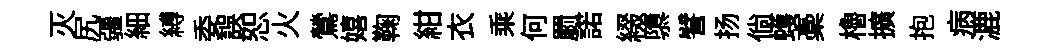
灭尻疆細縛委誤恕火鶯嬉鞠紺衣乘何罽諾綴隳譬扬倘蠖稾櫓擴抱病漉